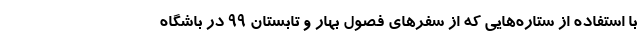
با استفاده از ستاره‌هایی که از سفرهای فصول بهار و تابستان ۹۹ در باشگاه